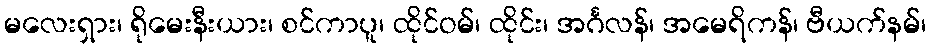
မလေးရှား၊ ရိုမေးနီးယား၊ စင်ကာပူ၊ ထိုင်ဝမ်၊ ထိုင်း၊ အင်္ဂလန်၊ အမေရိကန်၊ ဗီယက်နမ်၊